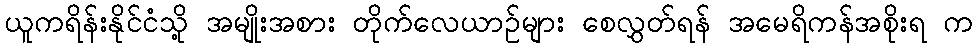
ယူကရိန်းနိုင်ငံသို့ အမျိုးအစား တိုက်လေယာဉ်များ စေလွှတ်ရန် အမေရိကန်အစိုးရ က